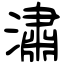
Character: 潚